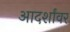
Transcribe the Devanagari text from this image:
आदर्शांवर